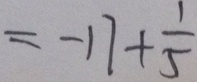
= - 1 7 + \frac { 1 } { 5 }